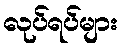
လုပ်ရပ်များ